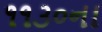
૧૧૩૦ના